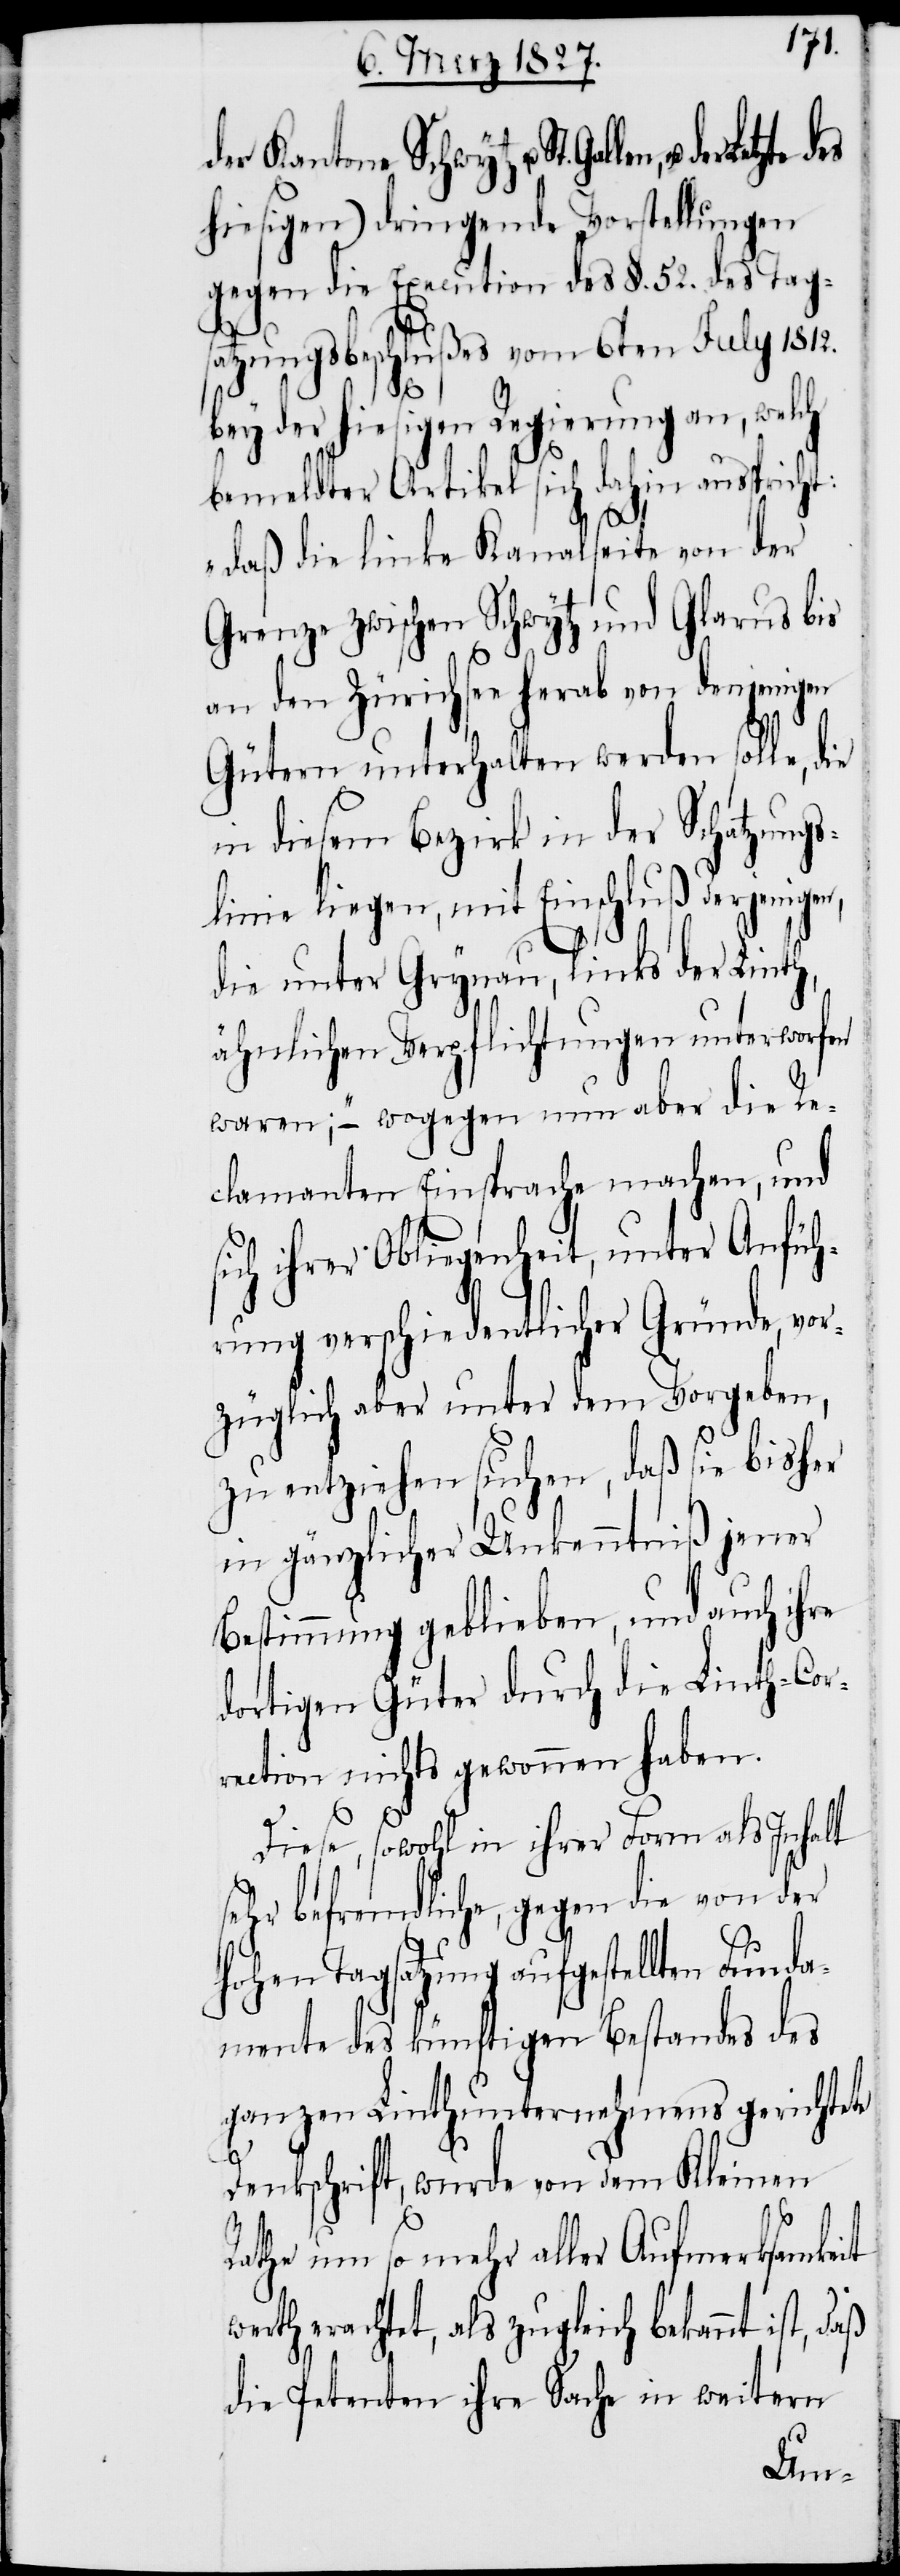
der Kantone Schwytz u. St. Gallen, u. der
hiesigen) dringende Vorstellungen
gegen die Execution des §. 52. des Tags¬
atzungsbeschlußes vom 6ten July 1812.
bey der hiesigen Regierung an, welch
bemeldter Artikel sich dahin ausspricht:
„daß die linke Kanalseite von der
Grenze zwischen Schwytz und Glarus bis
an den Zürichsee herab von denjenigen
Gütern unterhalten werden solle, die
in diesem Bezirk in der Schatzungs¬
linie liegen, mit Einschluß derjenige¬
die unter Grynau, links der Linth,
ähnlichen Verpflichtungen unterworfen
waren“; – wogegen nun aber die Re¬
clamanten Einsprache machen, und
sich ihrer Obliegenheit, unter Anfüh¬
rung verschiedentlicher Gründe, vor¬
züglich aber unter dem Vorgeben,
zu entziehen suchen, daß sie bisher
in gänzlicher Unkenntniß jener
Bestimmung geblieben, und auch ihre
dortigen Güter durch die Linth-Cor¬
rection nichts gewonnen haben.
Diese, sowohl in ihrer Form als Inhalt
sehr befremdliche, gegen die von der
Hohen Tagsatzung aufgestellten Fund¬
amente des künftigen Bestandes des
ganzen Linthunternehmens gerichtete
n,
Denkschrift, wurde von dem Kleinen
Rathe um so mehr aller Aufmerksamkeit
werth erachtet, als zugleich bekannt ist,
die Petenten ihre Sache in weitern